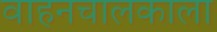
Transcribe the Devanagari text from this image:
वाहनचालकाला